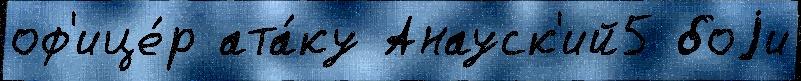
оф'ице́р ата́ку Анауск'ий5 боjи